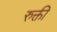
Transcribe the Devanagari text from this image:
रुक्ती